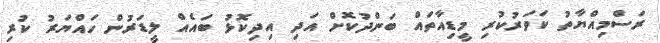
ރަސްމިއްޔާތު ކަވަރުކުރި މީޑިއާތައް ބަންދުކޮށް އަދި އިދިކޮޅު ބައެއް ލީޑަރުން ހައްޔަރު ކުރި